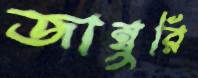
জাম্বুরি